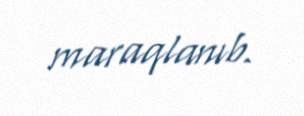
maraqlanıb.